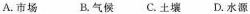
A.市场 B.气候 C.土壤 D.水源